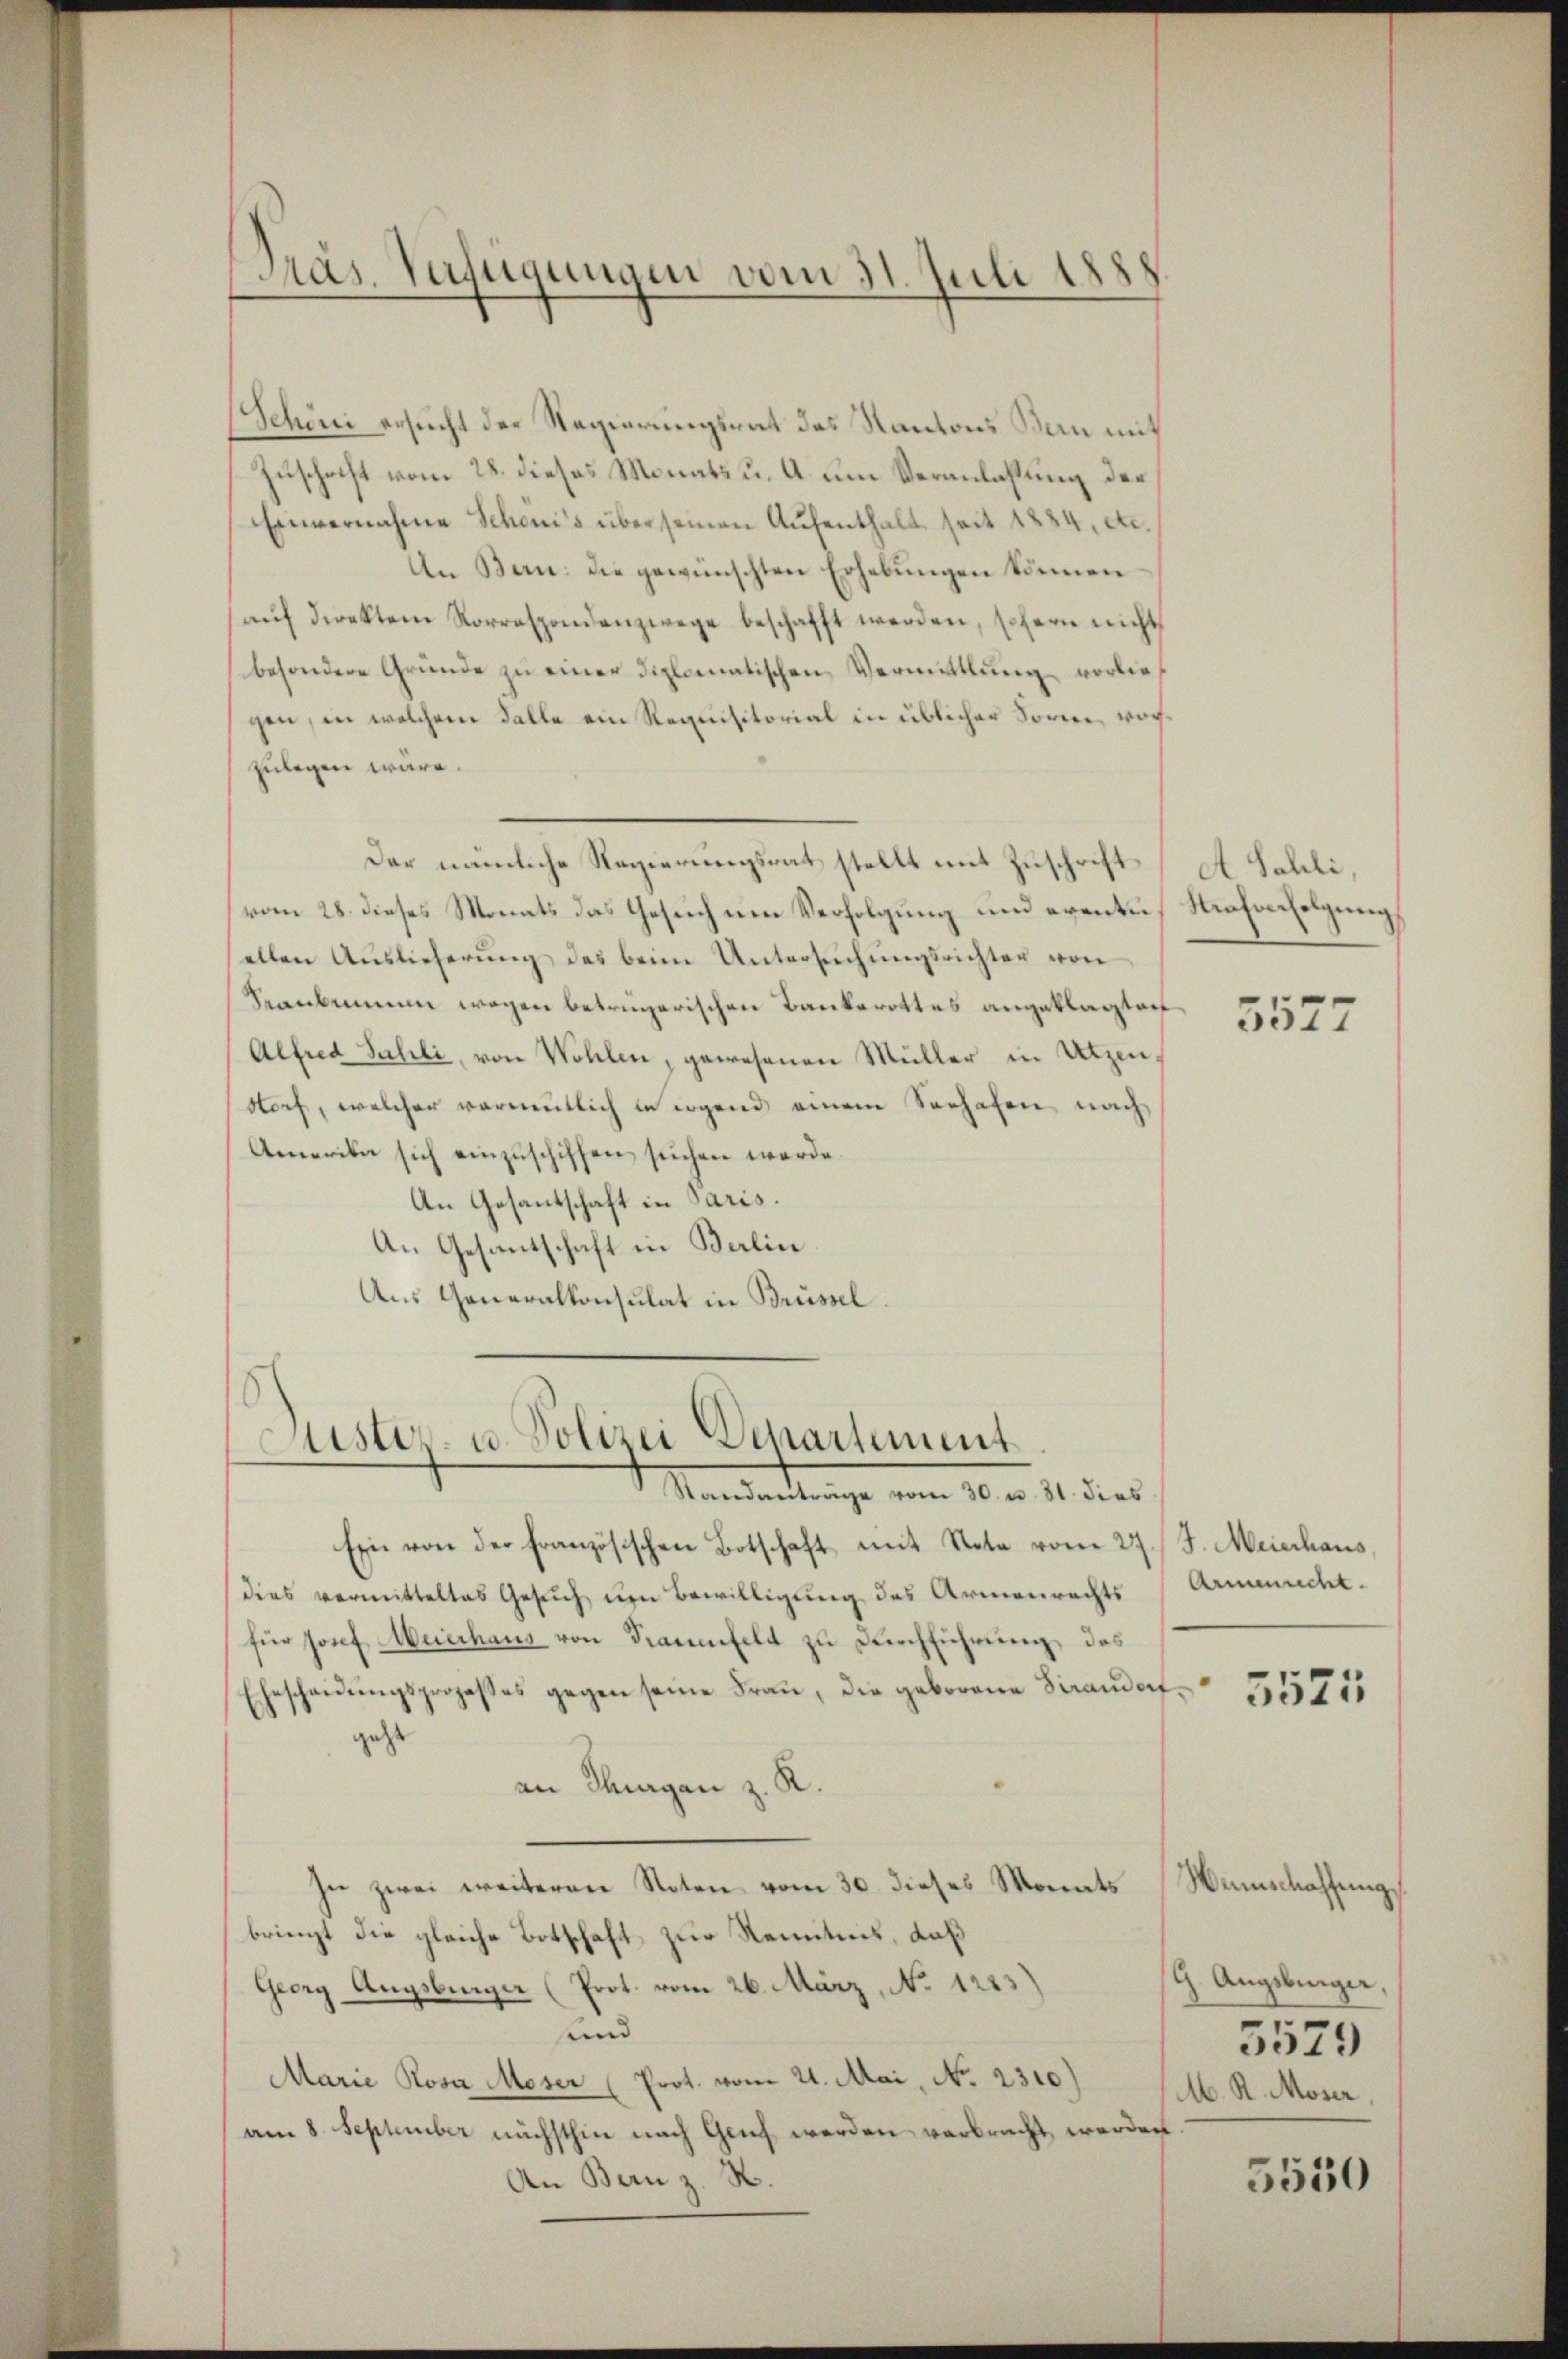
Präs. Verfügungen vom 31. Juli 1888

Schöni ersucht der Regierungsrat des Kantons Bern mit
Zuschrift vom 28. dieses Monats u. A. um Veranlassung der
Einvernahme Schonis über seinen Aufenthalt seit 1884, etc.
In Bern: die gewünschten Erhebungen können.
aŭf direkten Korrespondenzwege beschafft werden, schern nicht
besondere Gründe zu einer diplomatischen Vermittlung vorliegen, in welchem Falle ein Requisitorial in üblicher Sorne, vorzulegen wäre.
Der nämliche Regierungsrat stellt mit Zuschrift
vom 28. dieses Monats das Gesuch um Verfolgung und eventu
ellen Auslieferŭng des beim Untersŭchŭngsrichter von
Seauben wegen betrügerischen Bankerottes angeklagten
Alfred Sahli, von Wohlen, gewesenen Müller in Utzenstorf, welcher vormutlich in irgend einem Schafen nach
Amerika sich einzuschiffen suchen werde.
An Gesantschaft in Paris.
An Gesantschaft in Balin
Aus Generalkonsulat in Brüssel
.
Justiv- u. Polizei Departement
Mandantenge vom 10. v. 10 dies
Ein von der französischen Botschaft mit Note vom 27. J. Meierhaus,
dies vermitteltes Gesuch um Bewilligung des Armenrechts
für Josef Meierhaus von Frauenfeld zu Durchführung, das
Eheschaŭŭngsprozesses gegen seine Frau, die geborene Strandorf,
geht
an Thurgan z. R.
In zwei weiteren Noten vom 30. dieses Monats
bringt die gleiche Botschaft zur Kenntnis, daß
Georg Augsburger (Prot. vom 26. März, No 1283)
und
Marie Rosa Moser (Prot. vom 21. Mai, No. 2310)
am 8. September nächsthin nach Genf werden verbracht werden.
An Bern z. B.

A. Schli,
Nahinfolgung,

3577

Armenrecht.
3525

Weinschaffung,
9. Augsburger,
5579
M. R. Moser,

5550